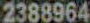
2388964